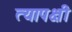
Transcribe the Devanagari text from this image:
त्यापक्षी